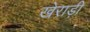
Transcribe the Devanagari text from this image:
खेराड़ी